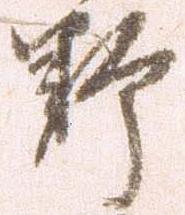
野